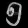
Digit: ၅